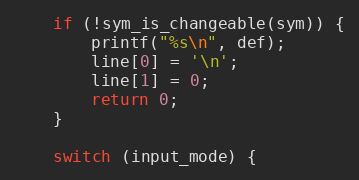
Language: C
	if (!sym_is_changeable(sym)) {
		printf("%s\n", def);
		line[0] = '\n';
		line[1] = 0;
		return 0;
	}

	switch (input_mode) {